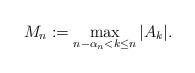
LaTeX: \begin{align*}M_n:=\max_{n-\alpha_n<k\le n} |A_k|.\end{align*}